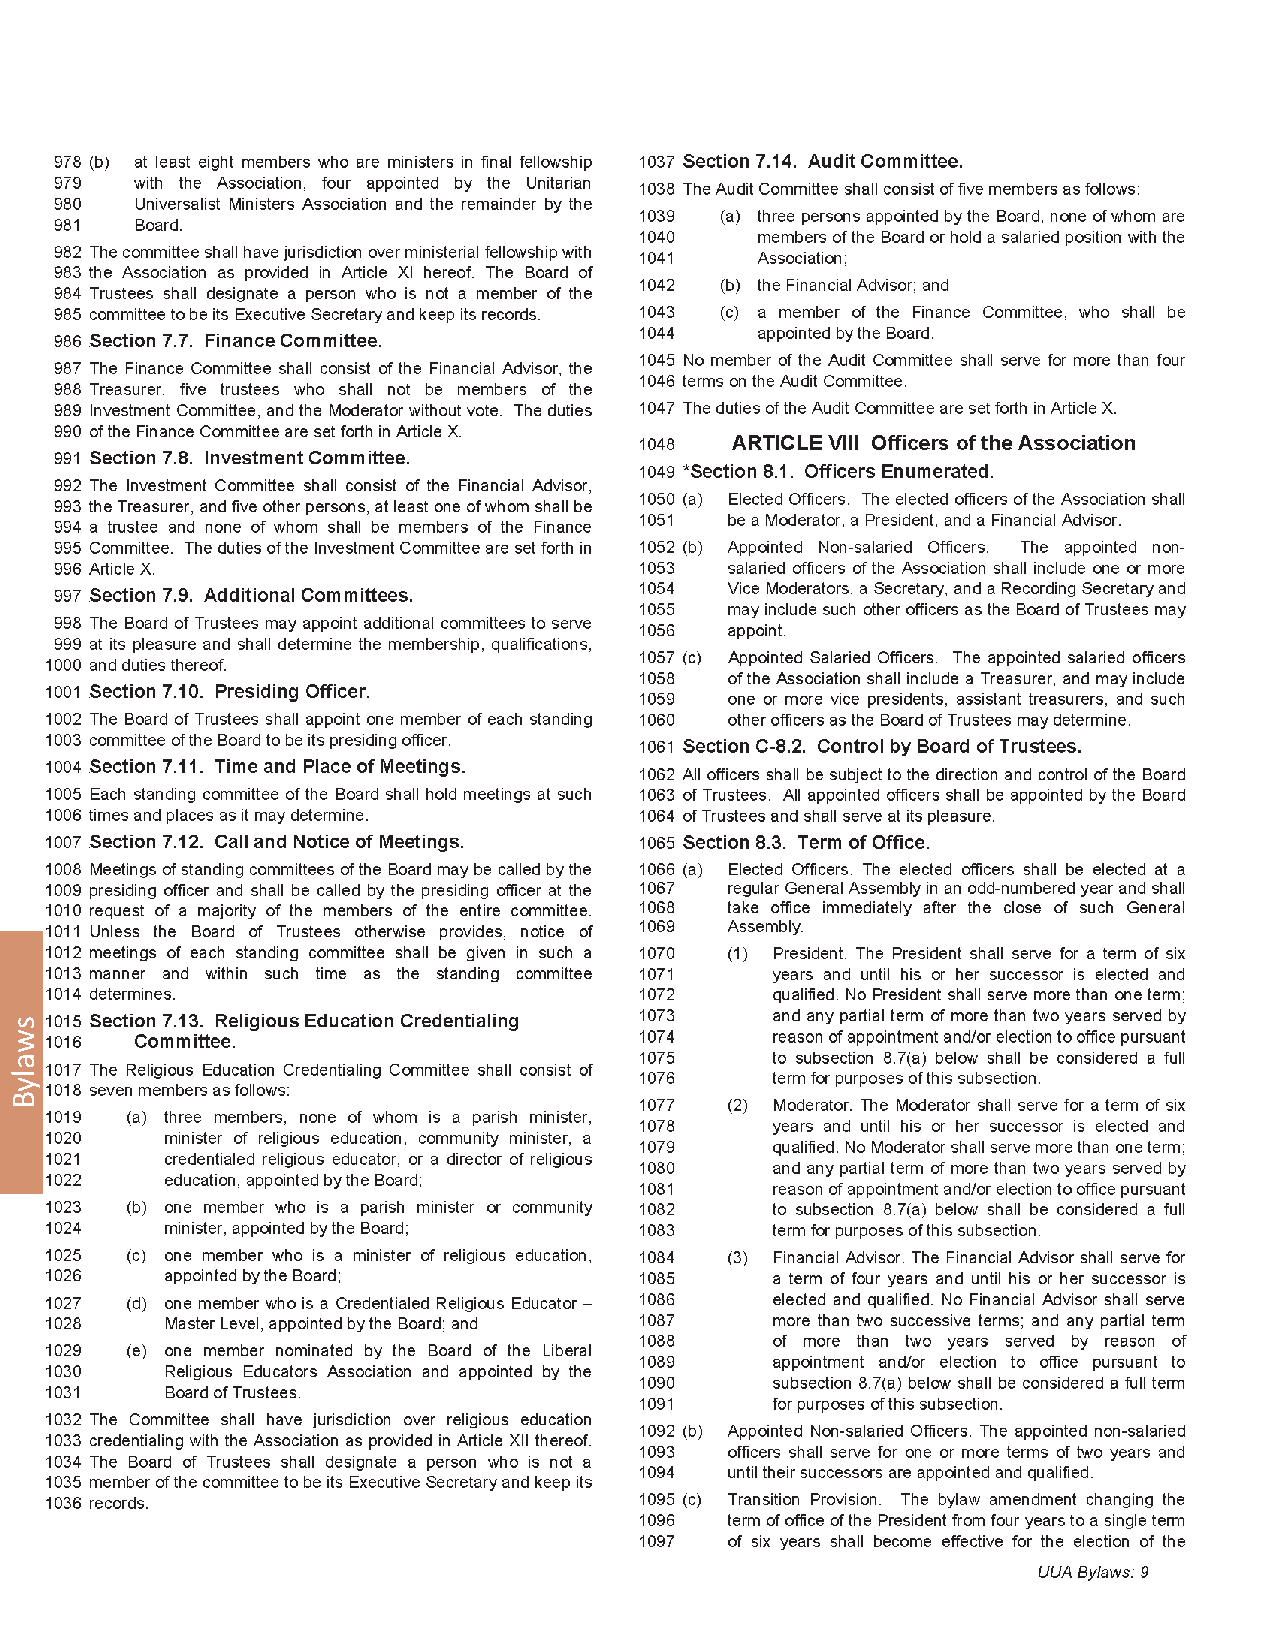
122                                                        2012 General Assembly
 swalyB